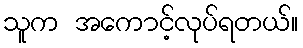
သူက အကောင့်လုပ်ရတယ်။